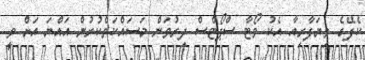
ކެފޭގެ ވިޔަފާރިއާ އެކު ވޯޓާ ސްޕޯޓްސް ދިރުވަން މަސައްކަތްކުރުން އައްޔަ އަށް ވީ